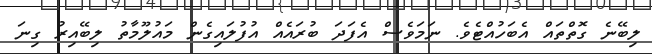
ލިބޭނެ ގޮތްތައް އެބަހުއްޓެވެ. ނަމަވެސް އެފަދަ ބުރައެއް އުފުލައިގެން މައުލޫމާތު ލިބޭއިރު ގިނަ